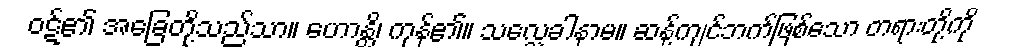
ဝဋ်၏ အခြေတို့သည်သာ။ ဟောန္တိ၊ ကုန်၏။ သလ္လေခါနာမ။ ဆန့်ကျင်ဘက်ဖြစ်သော တရားတို့ကို